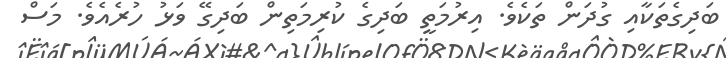
ބަދިގެތަކާއި ގުދަން ތަކެވެ. އިރުމަތީ ބަދިގެ ކުރިމަތިން ބަދިގޭ ވަޅު ހުރެއެވެ. މަސް